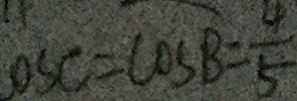
o s C = \cos B = \frac { 4 } { 5 }